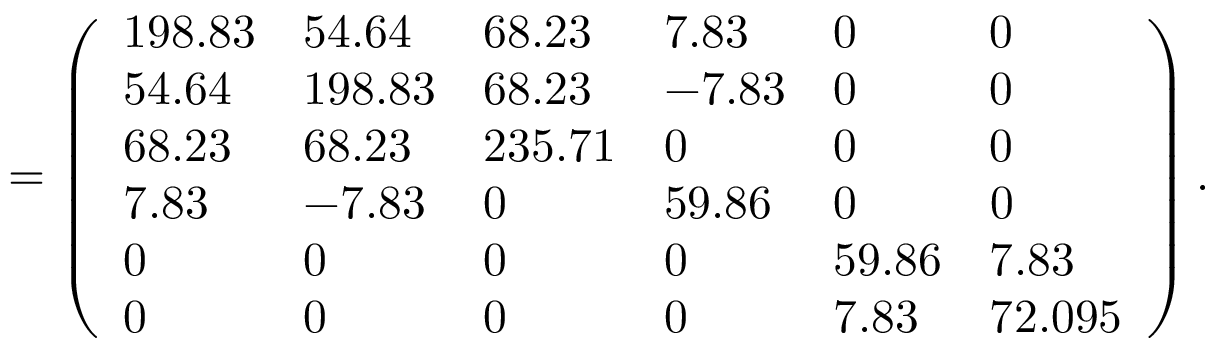
= \left( \begin{array} { l l l l l l } { 1 9 8 . 8 3 } & { 5 4 . 6 4 } & { 6 8 . 2 3 } & { 7 . 8 3 } & { 0 } & { 0 } \\ { 5 4 . 6 4 } & { 1 9 8 . 8 3 } & { 6 8 . 2 3 } & { - 7 . 8 3 } & { 0 } & { 0 } \\ { 6 8 . 2 3 } & { 6 8 . 2 3 } & { 2 3 5 . 7 1 } & { 0 } & { 0 } & { 0 } \\ { 7 . 8 3 } & { - 7 . 8 3 } & { 0 } & { 5 9 . 8 6 } & { 0 } & { 0 } \\ { 0 } & { 0 } & { 0 } & { 0 } & { 5 9 . 8 6 } & { 7 . 8 3 } \\ { 0 } & { 0 } & { 0 } & { 0 } & { 7 . 8 3 } & { 7 2 . 0 9 5 } \end{array} \right) .